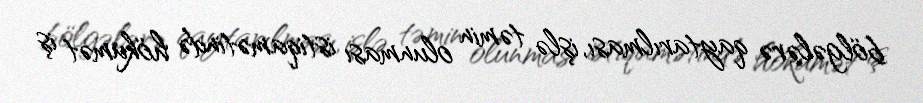
bölgələrə qaytarılması, işlə təmin olunması istiqamətində hökumət iş